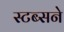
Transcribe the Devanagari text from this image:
स्टब्सने